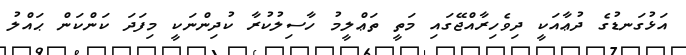
އަޅުގަނޑުގެ ދުޢާއަކީ ދިވެހިރާއްޖޭގައި މަތީ ތަޢްލީމު ހާސިލުކުރާ ކުދިންނަކީ މިފަދަ ކަންކަން ޙައްލު